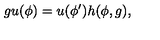
g u ( \phi ) = u ( \phi ^ { \prime } ) h ( \phi , g ) ,